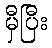
မှီပြီး